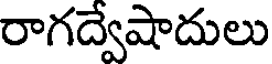
రాగద్వేషాదులు